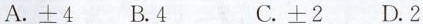
A.±4 B.4 C.±2 D.2